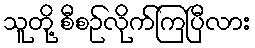
သူတို့ စီစဉ်လိုက်ကြပြီလား